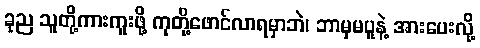
ခုည သူတို့ကားကူးဖို့ ကုတို့ဖောင်လာရမှာဘဲ၊ ဘာမှမပူနဲ့ အားပေးလို့